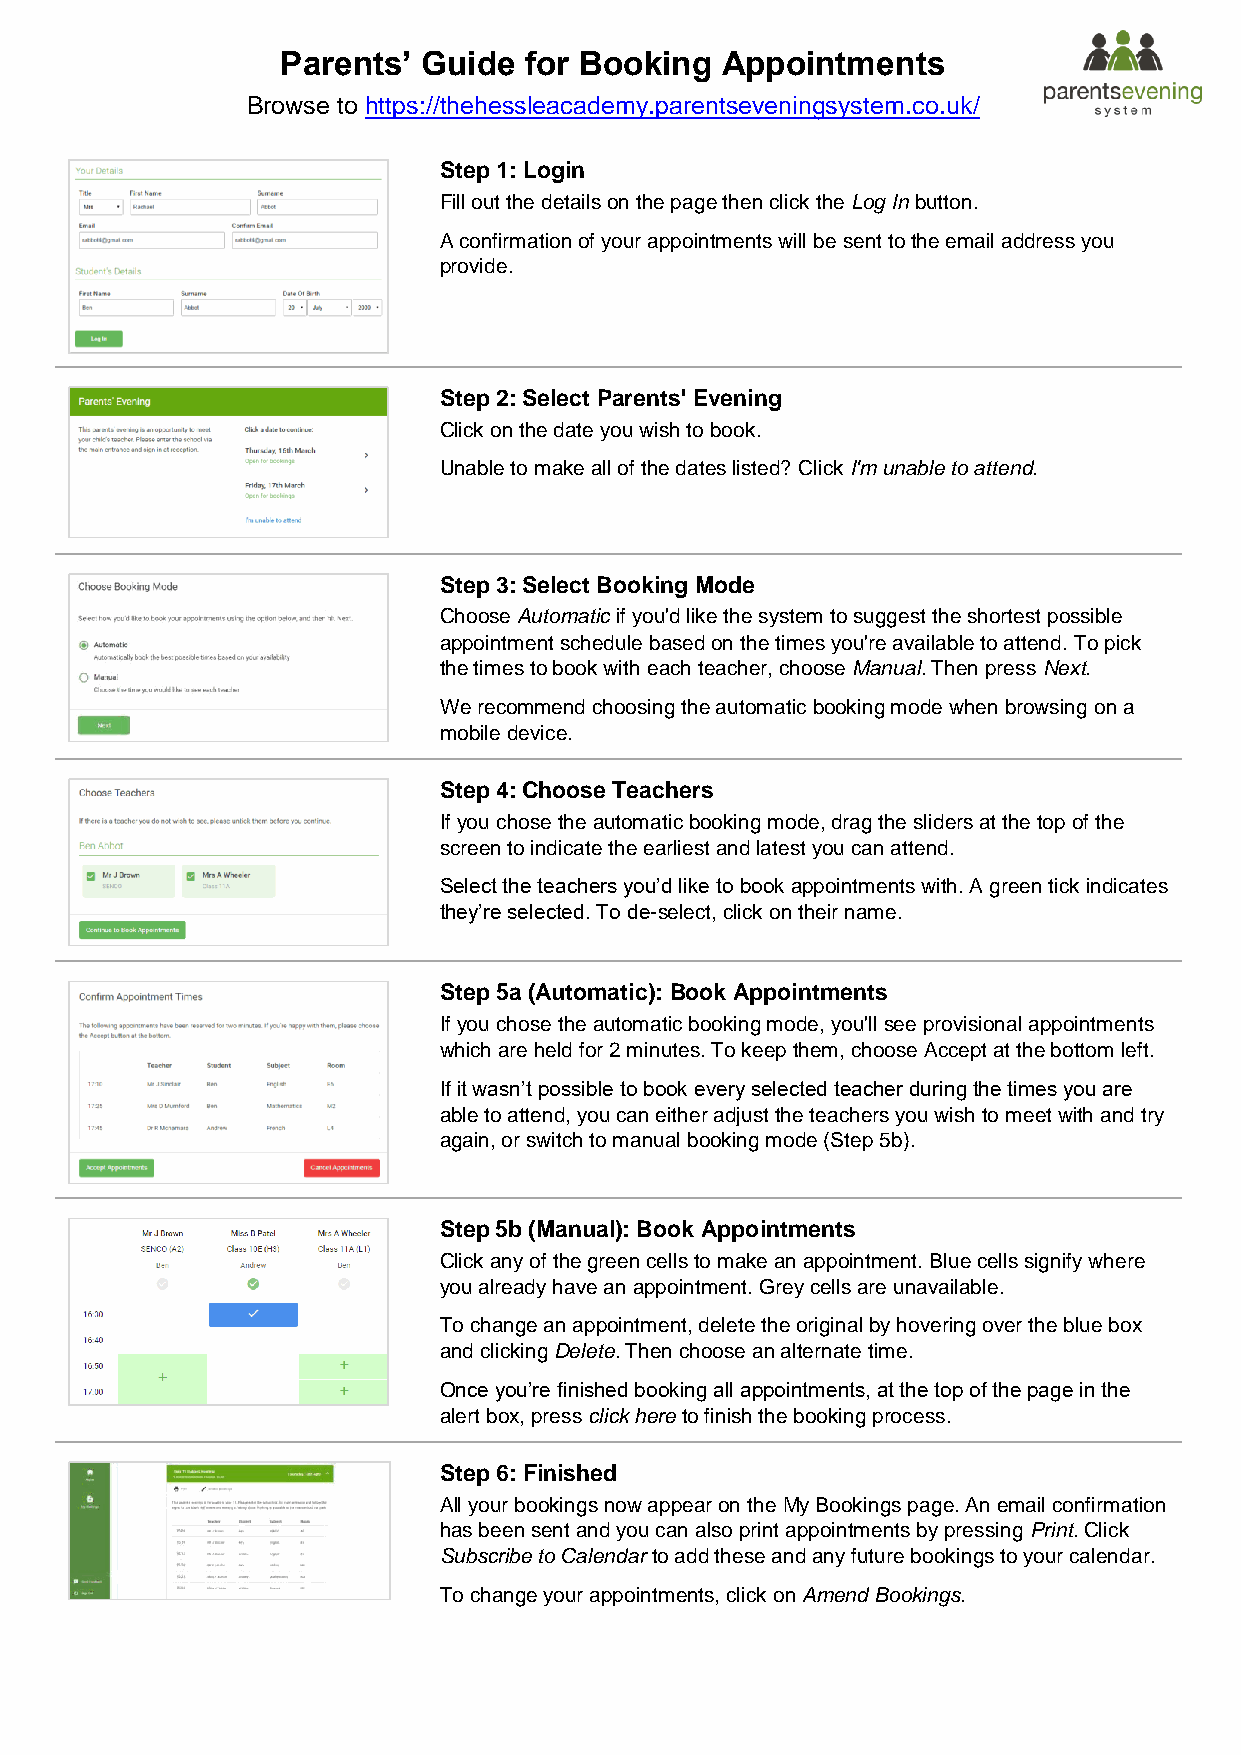
Parents’ Guide  for Booking  Appointments
 Browse to https://thehessleacademy.parentseveningsystem.co.uk/
 Step 1: Login
 Fill out the details on the page then click the Log In button.
 A confirmation of your appointments will be sent to the email address you
 provide.
 Step 2: Select Parents' Evening
 Click on the date you wish to book.
 Unable to make all of the dates listed? Click I'm unable to attend.
 Step 3: Select Booking Mode
 Choose Automatic if you'd like the system to suggest the shortest possible
 appointment schedule based on the times you're available to attend. To pick
 the times to book with each teacher, choose Manual. Then press Next.
 We recommend choosing the automatic booking mode when browsing on a
 mobile device.
 Step 4: Choose Teachers
 If you chose the automatic booking mode, drag the sliders at the top of the
 screen to indicate the earliest and latest you can attend.
 Select the teachers you’d like to book appointments with. A green tick indicates
 they’re selected. To de-select, click on their name.
 Step 5a (Automatic): Book Appointments
 If you chose the automatic booking mode, you'll see provisional appointments
 which are held for 2 minutes. To keep them, choose Accept at the bottom left.
 If it wasn’t possible to book every selected teacher during the times you are
 able to attend, you can either adjust the teachers you wish to meet with and try
 again, or switch to manual booking mode (Step 5b).
 Step 5b (Manual): Book Appointments
 Click any of the green cells to make an appointment. Blue cells signify where
 you already have an appointment. Grey cells are unavailable.
 To change an appointment, delete the original by hovering over the blue box
 and clicking Delete. Then choose an alternate time.
 Once you’re finished booking all appointments, at the top of the page in the
 alert box, press click here to finish the booking process.
 Step 6: Finished
 All your bookings now appear on the My Bookings page. An email confirmation
 has been sent and you can also print appointments by pressing Print. Click
 Subscribe to Calendar to add these and any future bookings to your calendar.
 To change your appointments, click on Amend Bookings.